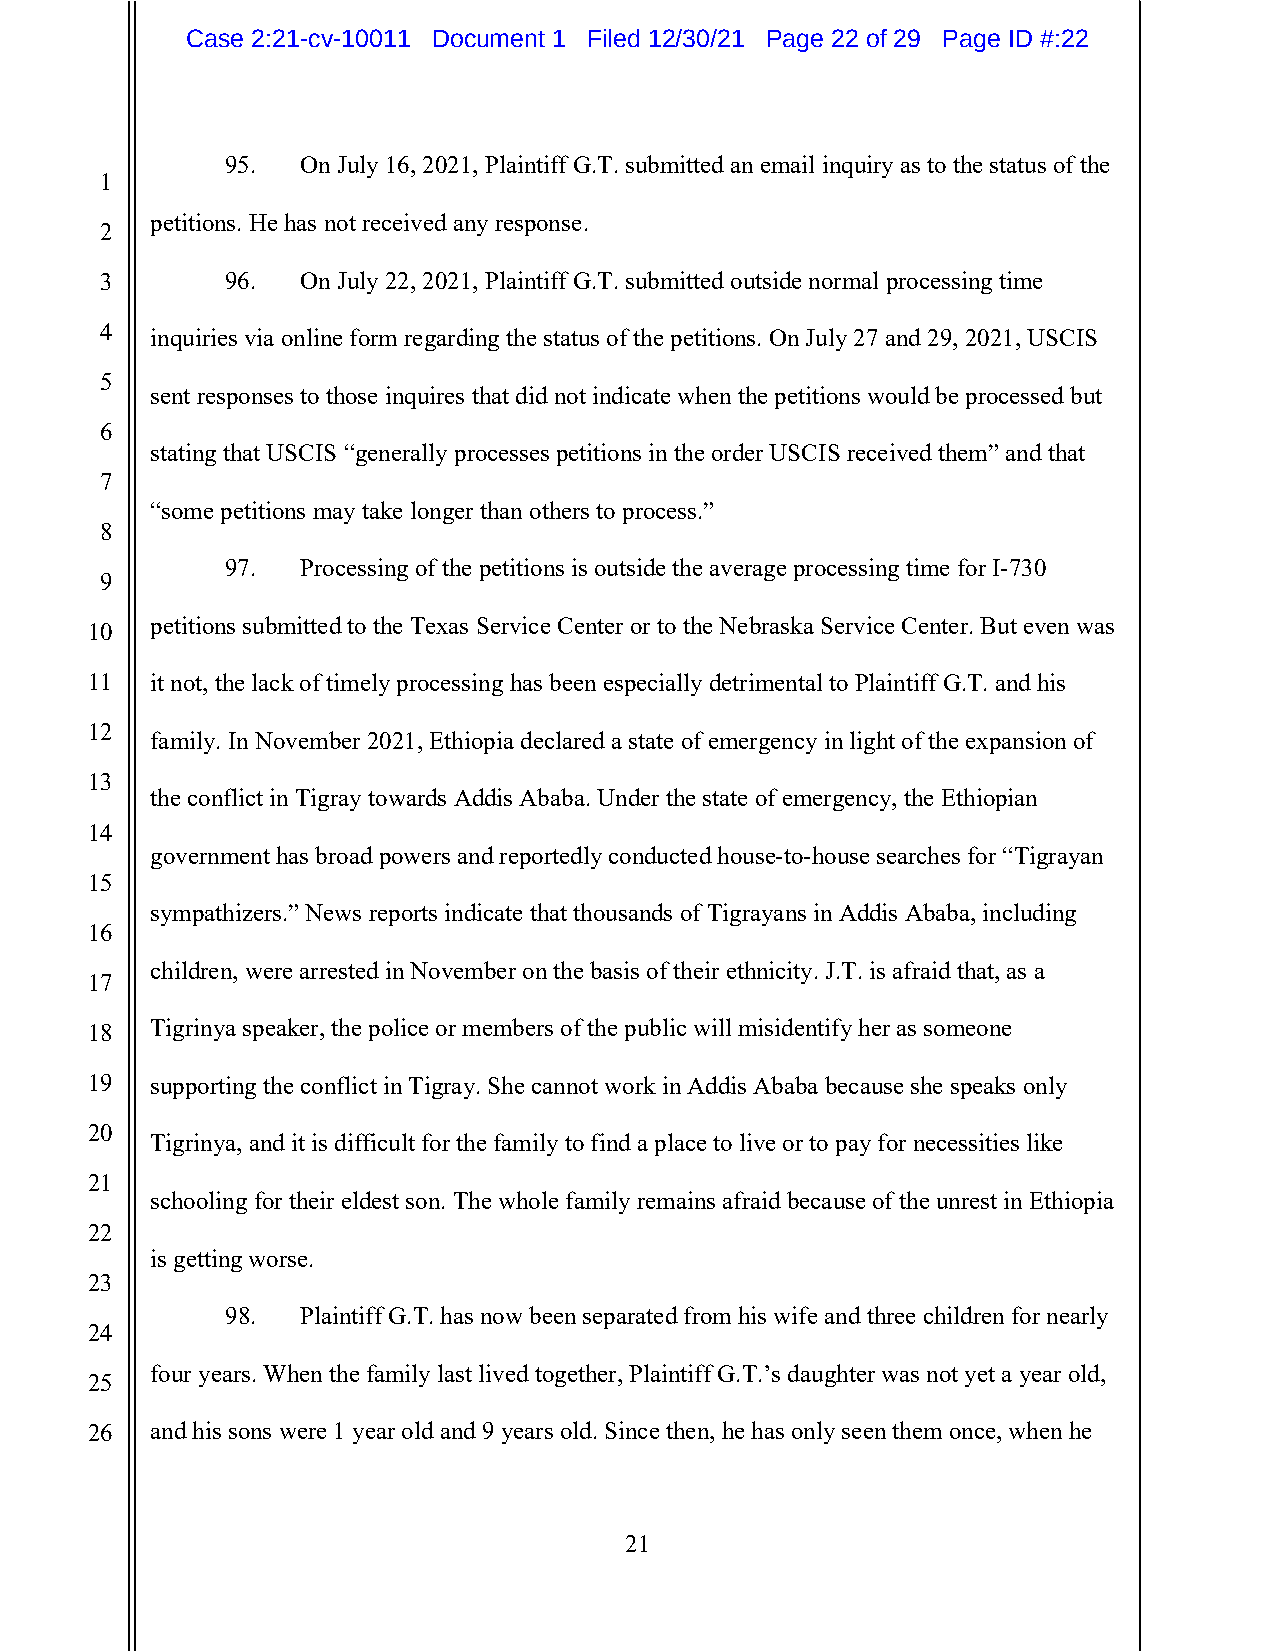
Case 2:21-cv-10011 Document 1 Filed 12/30/21 Page 22 of 29 Page ID #:22
 95.  On July 16, 2021, Plaintiff G.T. submitted an email inquiry as to the status of the
 1
 petitions. He has not received any response.
 2
 3       96.  On July 22, 2021, Plaintiff G.T. submitted outside normal processing time
 4  inquiries via online form regarding the status of the petitions. On July 27 and 29, 2021, USCIS
 5
 sent responses to those inquires that did not indicate when the petitions would be processed but
 6
 stating that USCIS “generally processes petitions in the order USCIS received them” and that
 7
 “some petitions may take longer than others to process.”
 8
 97.  Processing of the petitions is outside the average processing time for I-730
 9
 petitions submitted to the Texas Service Center or to the Nebraska Service Center. But even was
 10
 11  it not, the lack of timely processing has been especially detrimental to Plaintiff G.T. and his
 12
 family. In November 2021, Ethiopia declared a state of emergency in light of the expansion of
 13
 the conflict in Tigray towards Addis Ababa. Under the state of emergency, the Ethiopian
 14
 government has broad powers and reportedly conducted house-to-house searches for “Tigrayan
 15
 sympathizers.” News reports indicate that thousands of Tigrayans in Addis Ababa, including
 16
 children, were arrested in November on the basis of their ethnicity. J.T. is afraid that, as a
 17
 18  Tigrinya speaker, the police or members of the public will misidentify her as someone
 19  supporting the conflict in Tigray. She cannot work in Addis Ababa because she speaks only
 20
 Tigrinya, and it is difficult for the family to find a place to live or to pay for necessities like
 21
 schooling for their eldest son. The whole family remains afraid because of the unrest in Ethiopia
 22
 is getting worse.
 23
 98.  Plaintiff G.T. has now been separated from his wife and three children for nearly
 24
 four years. When the family last lived together, Plaintiff G.T.’s daughter was not yet a year old,
 25
 26  and his sons were 1 year old and 9 years old. Since then, he has only seen them once, when he
 21